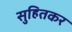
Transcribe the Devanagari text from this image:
सुहितकर